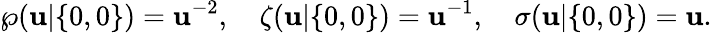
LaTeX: \wp(\mathbf{u}|\{ 0,0\} )=\mathbf{u}^{-2},\quad\zeta(\mathbf{u}|\{ 0,0\} )=\mathbf{u}^{-1},\quad\sigma(\mathbf{u}|\{ 0,0\} )=\mathbf{u}.